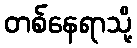
တစ်နေရာသို့